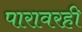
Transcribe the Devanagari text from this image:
पारावरही